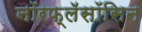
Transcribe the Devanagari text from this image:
नॉरफ्लॅसॉसिन